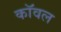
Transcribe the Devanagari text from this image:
कॉवल